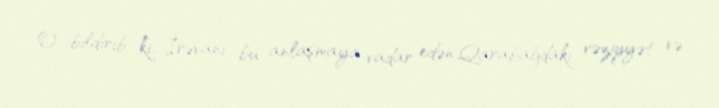
O bildirib ki, İrəvanı bu anlaşmaya vadar edən Qarabağdakı vəziyyət və